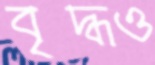
বৃদ্ধও